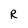
Character: R